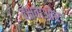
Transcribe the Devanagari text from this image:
दक्षताऔर